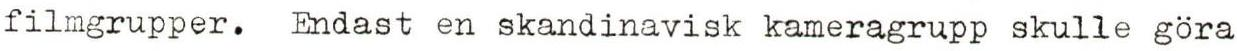
filmgrupper. Endast en skandinavisk kameragrupp skulle göra